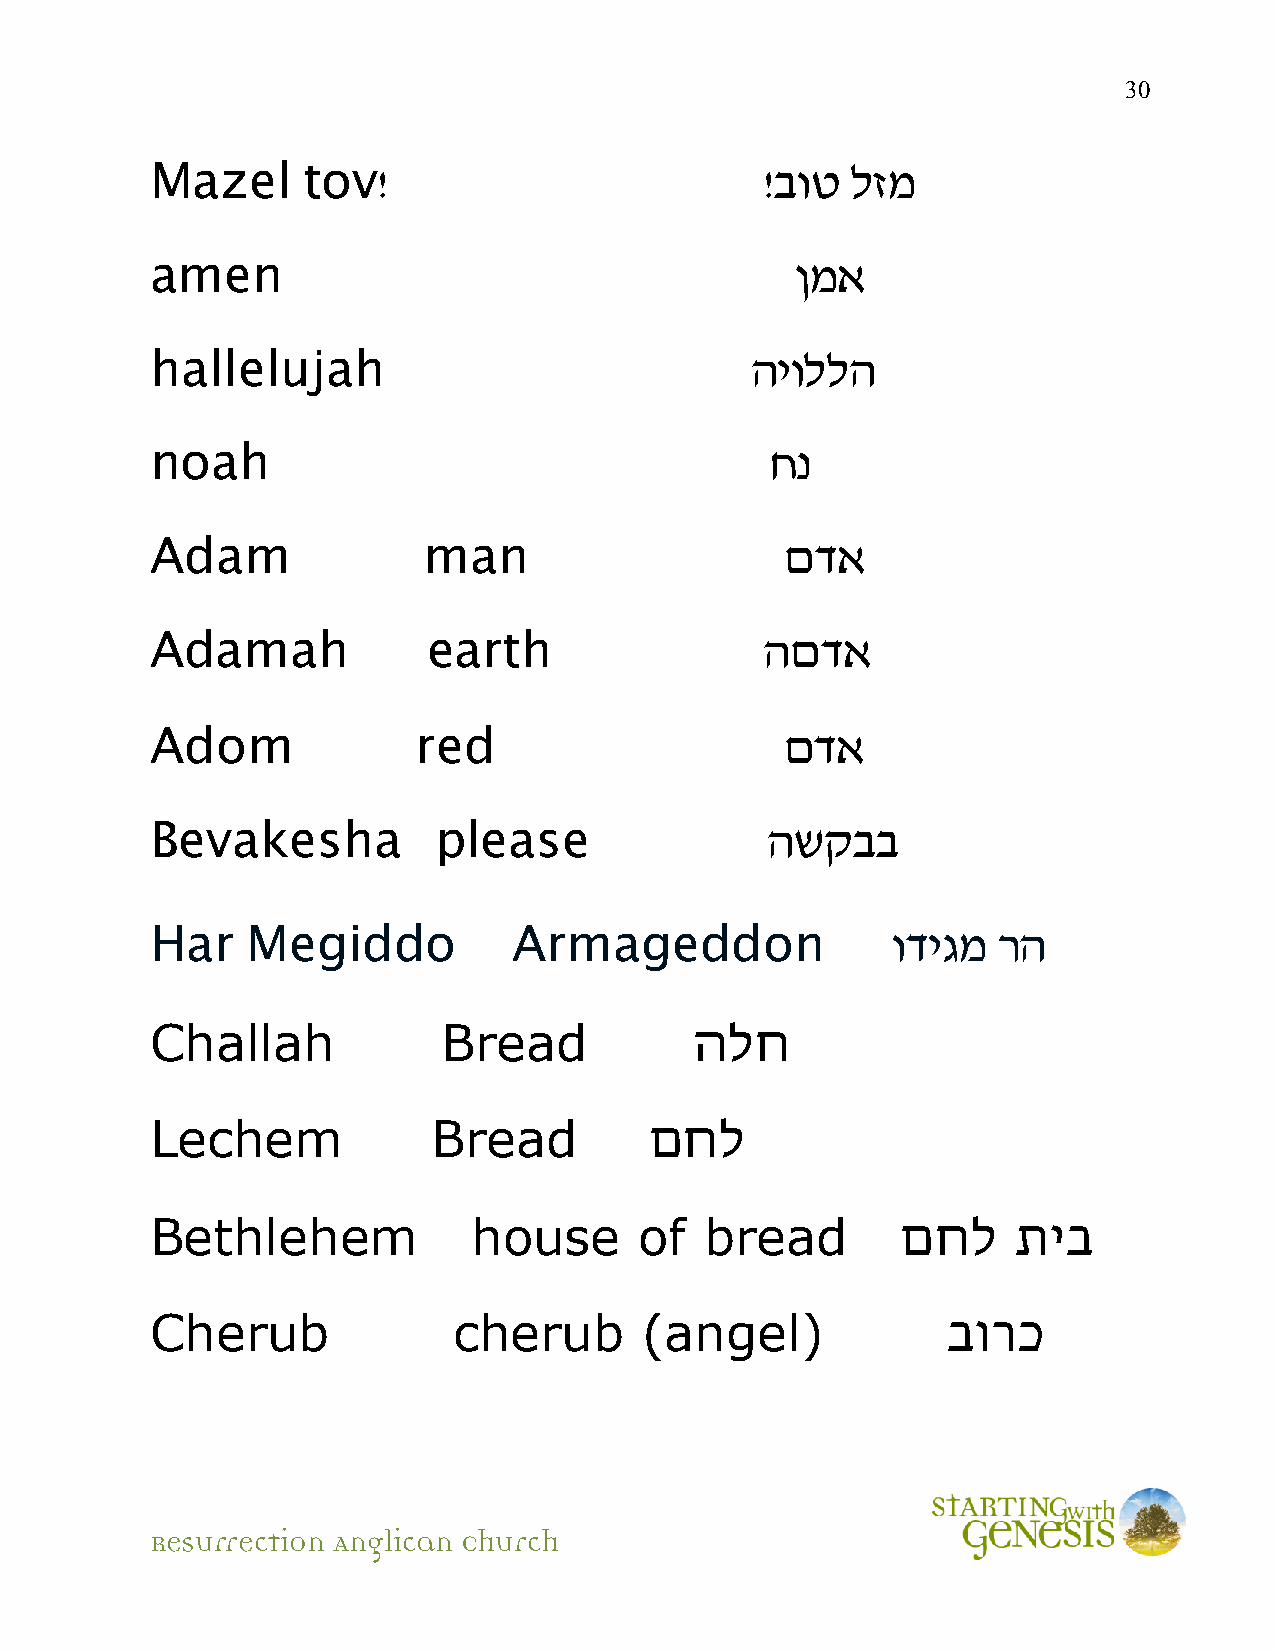
30
 Mazel     tov!                           !בוט לזמ
 amen                                       ןמא
 hallelujah                              היוללה
 noah                                     חנ
 Adam              man                     םדא
 Adamah            earth                  הםדא
 Adom              red                     םדא
 Bevakesha          please                השקבב
 Har   Megiddo           Armageddon               ודיגמ  רה
 Challah            Bread            הלח
 Lechem             Bread         םחל
 Bethlehem            house      of   bread        םחל    תיב
 Cherub              cherub       (angel)             בורכ
 Resurrection Anglican Church